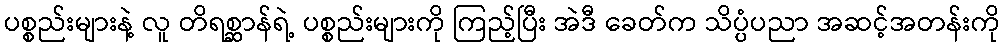
ပစ္စည်းများနဲ့ လူ တိရစ္ဆာန်ရဲ့ ပစ္စည်းများကို ကြည့်ပြီး အဲဒီ ခေတ်က သိပ္ပံပညာ အဆင့်အတန်းကို